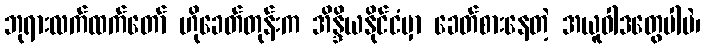
ဘုရားလက်ထက်တော် ဟိုခေတ်တုန်းက အိန္ဒိယနိုင်ငံမှာ ခေတ်စားနေတဲ့ အယူဝါဒတွေပါပဲ၊